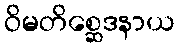
ဝိမတိစ္ဆေဒနာယ